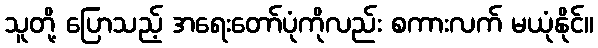
သူတို့ ပြောသည့် အရေးတော်ပုံကိုလည်း စကားလက် မယုံနိုင်။